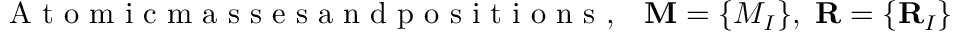
\mathrm { ~ A ~ t ~ o ~ m ~ i ~ c ~ m ~ a ~ s ~ s ~ e ~ s ~ a ~ n ~ d ~ p ~ o ~ s ~ i ~ t ~ i ~ o ~ n ~ s ~ , ~ ~ ~ } { \bf M } = \{ M _ { I } \} , ~ { \bf R } = \{ { \bf R } _ { I } \}